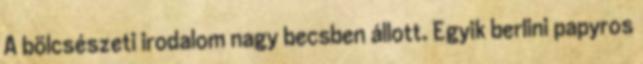
A bölcsészeti irodalom nagy becsben állott. Egyik berlini papyros